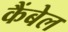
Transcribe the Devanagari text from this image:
कैंबेल